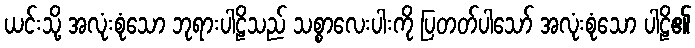
ယင်းသို့ အလုံးစုံသော ဘုရားပါဠိသည် သစ္စာလေးပါးကို ပြတတ်ပါသော် အလုံးစုံသော ပါဠိ၏